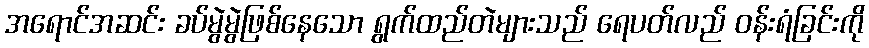
အရောင်အဆင်း ခပ်မွဲမွဲဖြစ်နေသော ရွက်ထည်တဲများသည် ရေပတ်လည် ဝန်းရံခြင်းကို